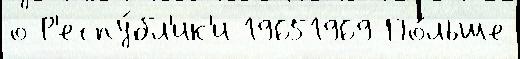
о Р'еспу́бл'ик'и 19651969 По́льше